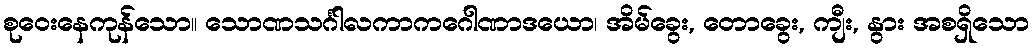
စုဝေးနေကုန်သော။ သောဏသင်္ဂါလကာကဂေါဏာဒယော၊ အိမ်ခွေး, တောခွေး, ကျီး, နွား အစရှိသော